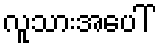
လူသားအပေါ်